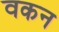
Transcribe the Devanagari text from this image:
वकन